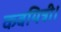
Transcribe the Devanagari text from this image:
कवयित्री।